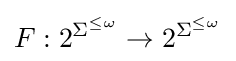
F:2^{\Sigma ^{\leq \omega }}\rightarrow 2^{\Sigma ^{\leq \omega }}